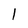
Character: l